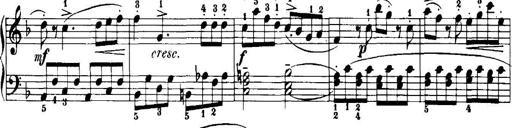
Title: 7 Sonatinas
Composer: Anton Diabelli